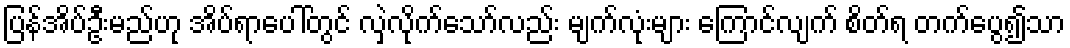
ပြန်အိပ်ဦးမည်ဟု အိပ်ရာပေါ်တွင် လှဲလိုက်သော်လည်း မျက်လုံးများ ကြောင်လျက် စိတ်ရ တက်ပွေ၍သာ